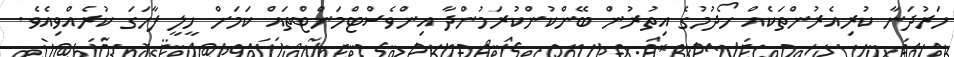
ހަރުދަނާ ކުރިއެރުންތަކެއް ހޯދުމުގެ އިތުރުން ބޭންކުންކުރަމުންދާ އިންވެސްޓްމަންޓްތައް ކަމަށް ހީލީ ފާހަގަ ކުރެއްވިއެވެ.